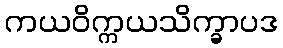
ကယဝိက္ကယသိက္ခာပဒ